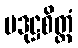
ပဒုဋ္ဌစိတ္တံ